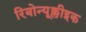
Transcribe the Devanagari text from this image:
रिबोन्यूक्लीइक